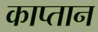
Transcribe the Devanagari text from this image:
काप्तान